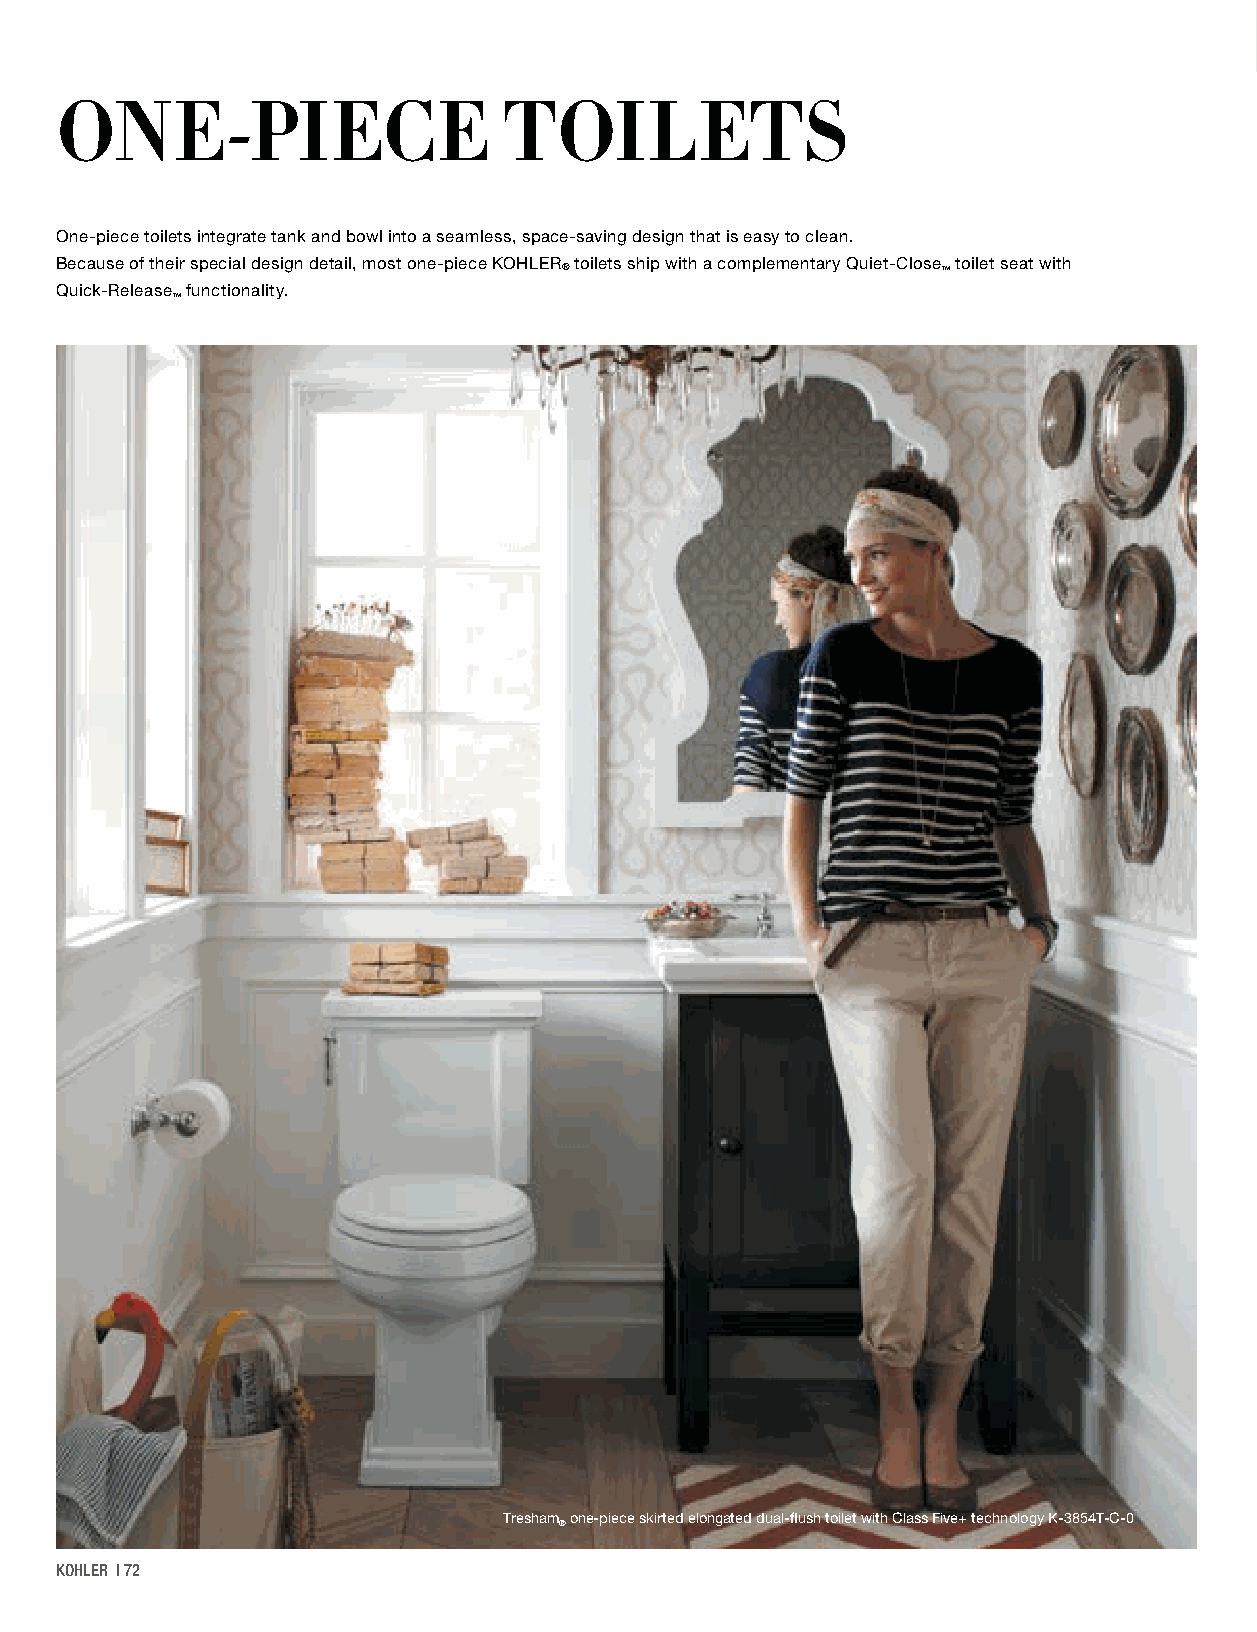
ONE-PIECE                    TOILETS
 One-piece toilets integrate tank and bowl into a seamless, space-saving design that is easy to clean.
 Because of their special design detail, most one-piece KOHLER toilets ship with a complementary Quiet-Close toilet seat with
 ®                        ™
 Quick-Release functionality.
 ™
 Tresham one-piece skirted elongated dual-flush toilet with Class Five+ technology K-3854T-C-0
 ®
 KOHLER | 72